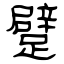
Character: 躄